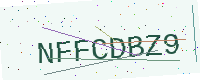
Text: NFFCDBZ9